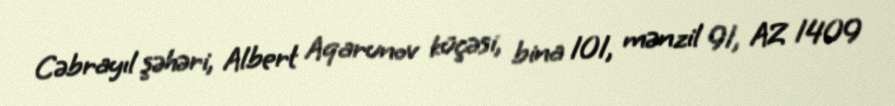
Cəbrayıl şəhəri, Albert Aqarunov küçəsi, bina 101, mənzil 91, AZ 1409